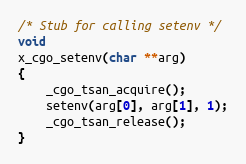
Language: C
/* Stub for calling setenv */
void
x_cgo_setenv(char **arg)
{
	_cgo_tsan_acquire();
	setenv(arg[0], arg[1], 1);
	_cgo_tsan_release();
}